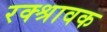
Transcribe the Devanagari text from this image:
रक्श्रावक